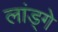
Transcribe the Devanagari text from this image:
लांड्गे